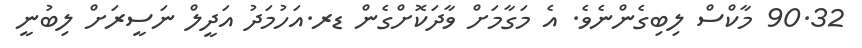
90.32 މާކްސް ލިބިގެންނެވެ. އެ މަގާމަށް ވާދަކޮށްގެން ޑރ.އަހުމަދު އަދީލް ނަސީރަށް ލިބުނީ